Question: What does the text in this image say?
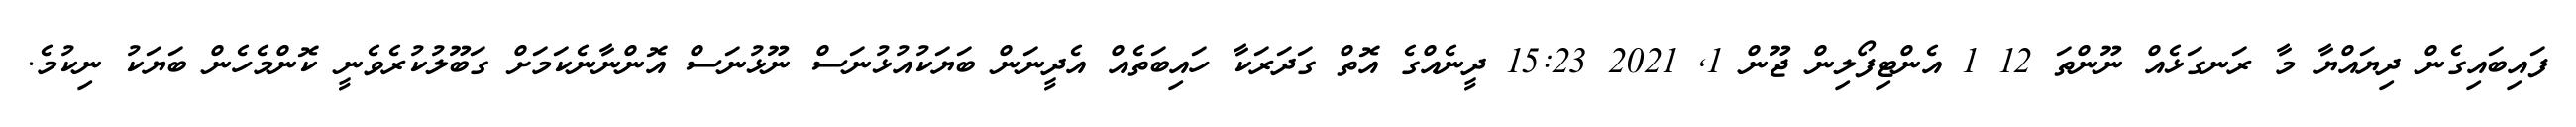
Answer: ފައިބައިގެން ދިޔައްޔާ މާ ރަނގަޅެއް ނޫންތަ 12 1 އެންޓިފޯލިން ޖޫން 1, 2021 15:23 ދީނެއްގެ އޮތް ގަދަރަކާ ހައިބަތެއް އެދީނަން ބަޔަކުއުޅުނަސް ނޫޅުނަސް އޮންނާނެކަމަށް ގަބޫލުކުރެވެނީ ކޮންމެހެން ބަޔަކު ނިކުމެ.